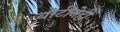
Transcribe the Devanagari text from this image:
बोटीनेही